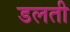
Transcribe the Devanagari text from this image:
डलती